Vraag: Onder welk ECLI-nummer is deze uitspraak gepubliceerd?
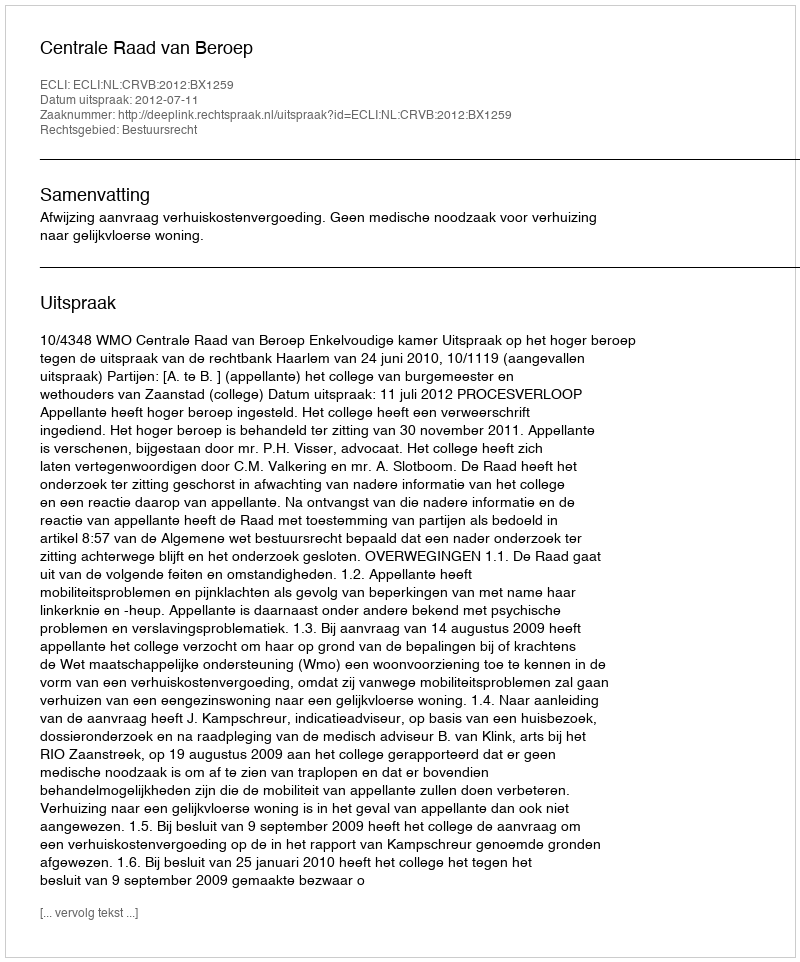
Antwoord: ECLI:NL:CRVB:2012:BX1259